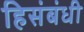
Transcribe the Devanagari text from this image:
हिसंबंधी